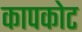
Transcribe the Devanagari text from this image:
कापकोट